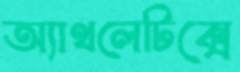
অ্যাথলেটিক্সে